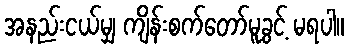
အနည်းငယ်မျှ ကျိန်းစက်တော်မူခွင့် မရပါ။